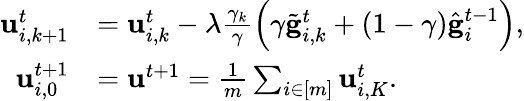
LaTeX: \begin{array}{rl}{\mathbf{u}_{i,k+1}^{t}}&{=\mathbf{u}_{i,k}^{t}-\lambda\frac{\gamma_{k}}{\gamma}\left(\gamma\tilde{\mathbf{g}}_{i,k}^{t}+(1-\gamma)\hat{\mathbf{g}}_{i}^{t-1}\right),}\\ {\mathbf{u}_{i,0}^{t+1}}&{=\mathbf{u}^{t+1}=\frac{1}{m}\sum_{i\in[m]}\mathbf{u}_{i,K}^{t}.}\end{array}